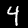
Digit: 4